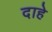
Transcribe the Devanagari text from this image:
दाहे